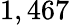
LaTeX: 1,467